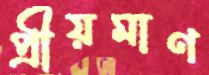
প্রীয়মাণ